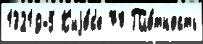
13219-5 К'иjо́с'е 70 Пло́тность